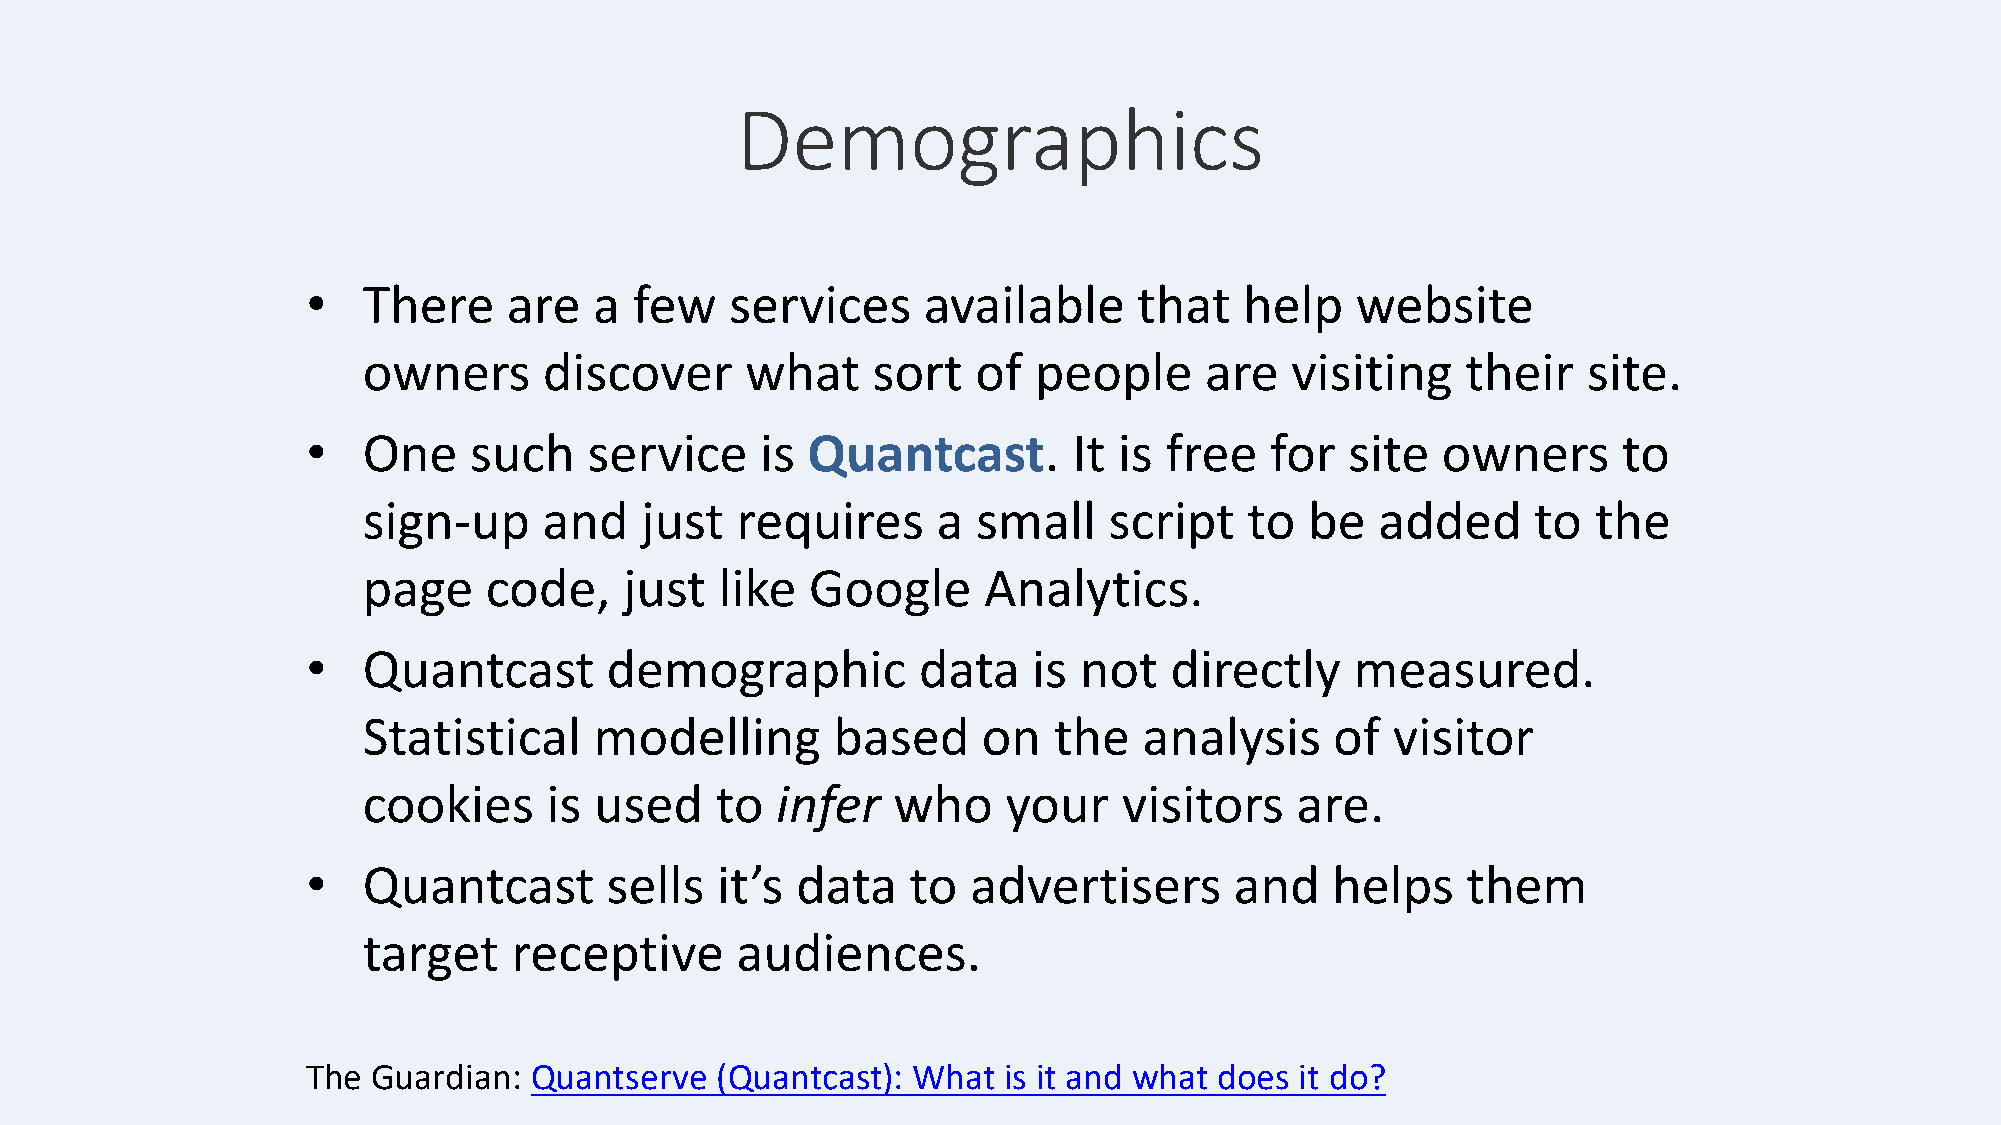
Demographics
 •   There     are  a  few   services     available     that   help    website
 owners      discover     what     sort   of people      are  visiting    their   site.
 •   One    such    service    is Quantcast.        It is free   for  site  owners      to
 sign-up     and   just   requires     a  small   script    to  be  added      to  the
 page    code,    just   like  Google     Analytics.
 •   Quantcast       demographic          data   is not   directly     measured.
 Statistical    modelling       based     on   the   analysis    of  visitor
 cookies     is used    to  infer   who     your   visitors    are.
 •   Quantcast       sells  it’s  data   to  advertisers       and   helps    them
 target    receptive      audiences.
 The  Guardian: Quantserve  (Quantcast): What  is it and what does it do?